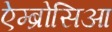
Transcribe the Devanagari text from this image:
ऐम्ब्रोसिआ